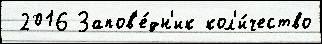
 2016 Запов'е́дн'ик кол'и́чество